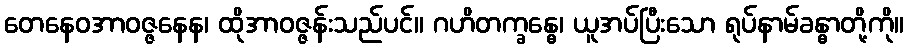
တေနေဝအာဝဇ္ဇနေန၊ ထိုအာဝဇ္ဇန်းသည်ပင်။ ဂဟိတက္ခန္ဓေ၊ ယူအပ်ပြီးသော ရုပ်နာမ်ခန္ဓာတို့ကို။